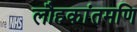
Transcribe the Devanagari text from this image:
लौहकांतमणि